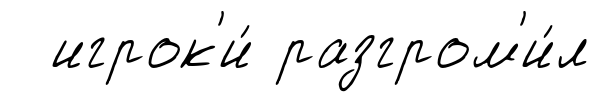
игрок'и́ разгром'и́л